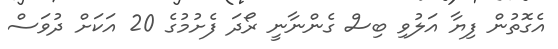
އެގޮތުން ފިޔާ އަލުވި ބިސް ގެންނާނީ ރޯދަ ފެށުމުގެ 20 އަކަށް ދުވަސް